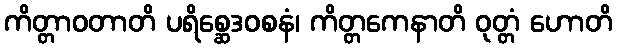
ကိတ္တာဝတာတိ ပရိစ္ဆေဒဝစနံ၊ ကိတ္တကေနာတိ ဝုတ္တံ ဟောတိ